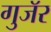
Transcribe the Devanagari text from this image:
गुजॅर